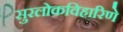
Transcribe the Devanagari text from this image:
सुरलोकविहारिणे